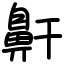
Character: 鼾